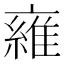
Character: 𬽜